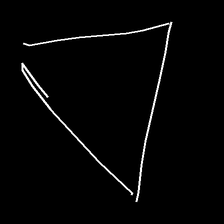
Glyph: convergence